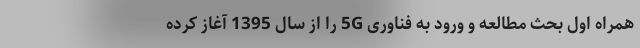
همراه اول بحث مطالعه و ورود به فناوری 5G را از سال 1395 آغاز کرده